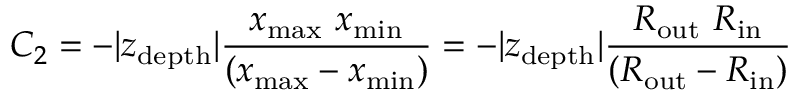
C _ { 2 } = - \vert z _ { \mathrm { d e p t h } } \vert \frac { x _ { \mathrm { m a x } } \ x _ { \mathrm { m i n } } } { \left( x _ { \mathrm { m a x } } - x _ { \mathrm { m i n } } \right) } = - \vert z _ { \mathrm { d e p t h } } \vert \frac { R _ { \mathrm { o u t } } \ R _ { \mathrm { i n } } } { \left( R _ { \mathrm { o u t } } - R _ { \mathrm { i n } } \right) }